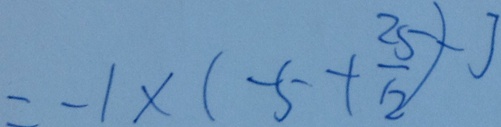
= - 1 \times ( - 5 + \frac { 2 5 } { 1 2 } ) - 3